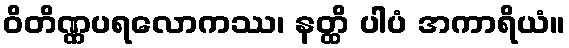
ဝိတိဏ္ဏပရလောကဿ၊ နတ္ထိ ပါပံ အကာရိယံ။